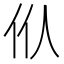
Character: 㐺